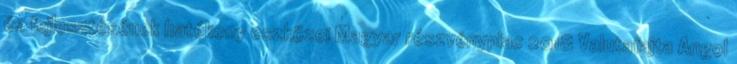
és fejlesztésének hatékony eszközei Magyar részvénypiac 2018 Valutafajta Angol